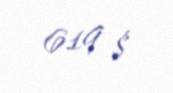
619 $